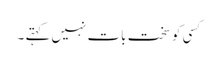
کسی کو سخت بات نہیں کہتے ۔